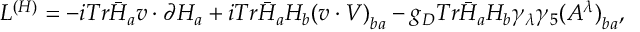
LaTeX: { \cal L } ^ { ( H ) } = - i T r \bar { H } _ { a } v \cdot \partial H _ { a } + i T r \bar { H } _ { a } H _ { b } { ( v \cdot V ) } _ { b a } - g _ { D } T r \bar { H } _ { a } H _ { b } \gamma _ { \lambda } \gamma _ { 5 } { ( A ^ { \lambda } ) } _ { b a } ,